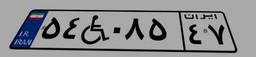
۵۴W۰۸۵۴۷